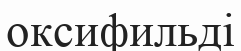
оксифильді